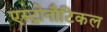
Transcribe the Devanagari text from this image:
एस्ट्रोनौटिकल